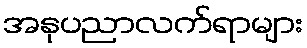
အနုပညာလက်ရာများ